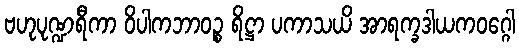
ဗဟုပုဏ္ဍရီကာ ဝိပါကဘာဝဉ္စ ရိဋ္ဌာ ပကာသယိ အာရက္ခဒါယကဝဂ္ဂေါ